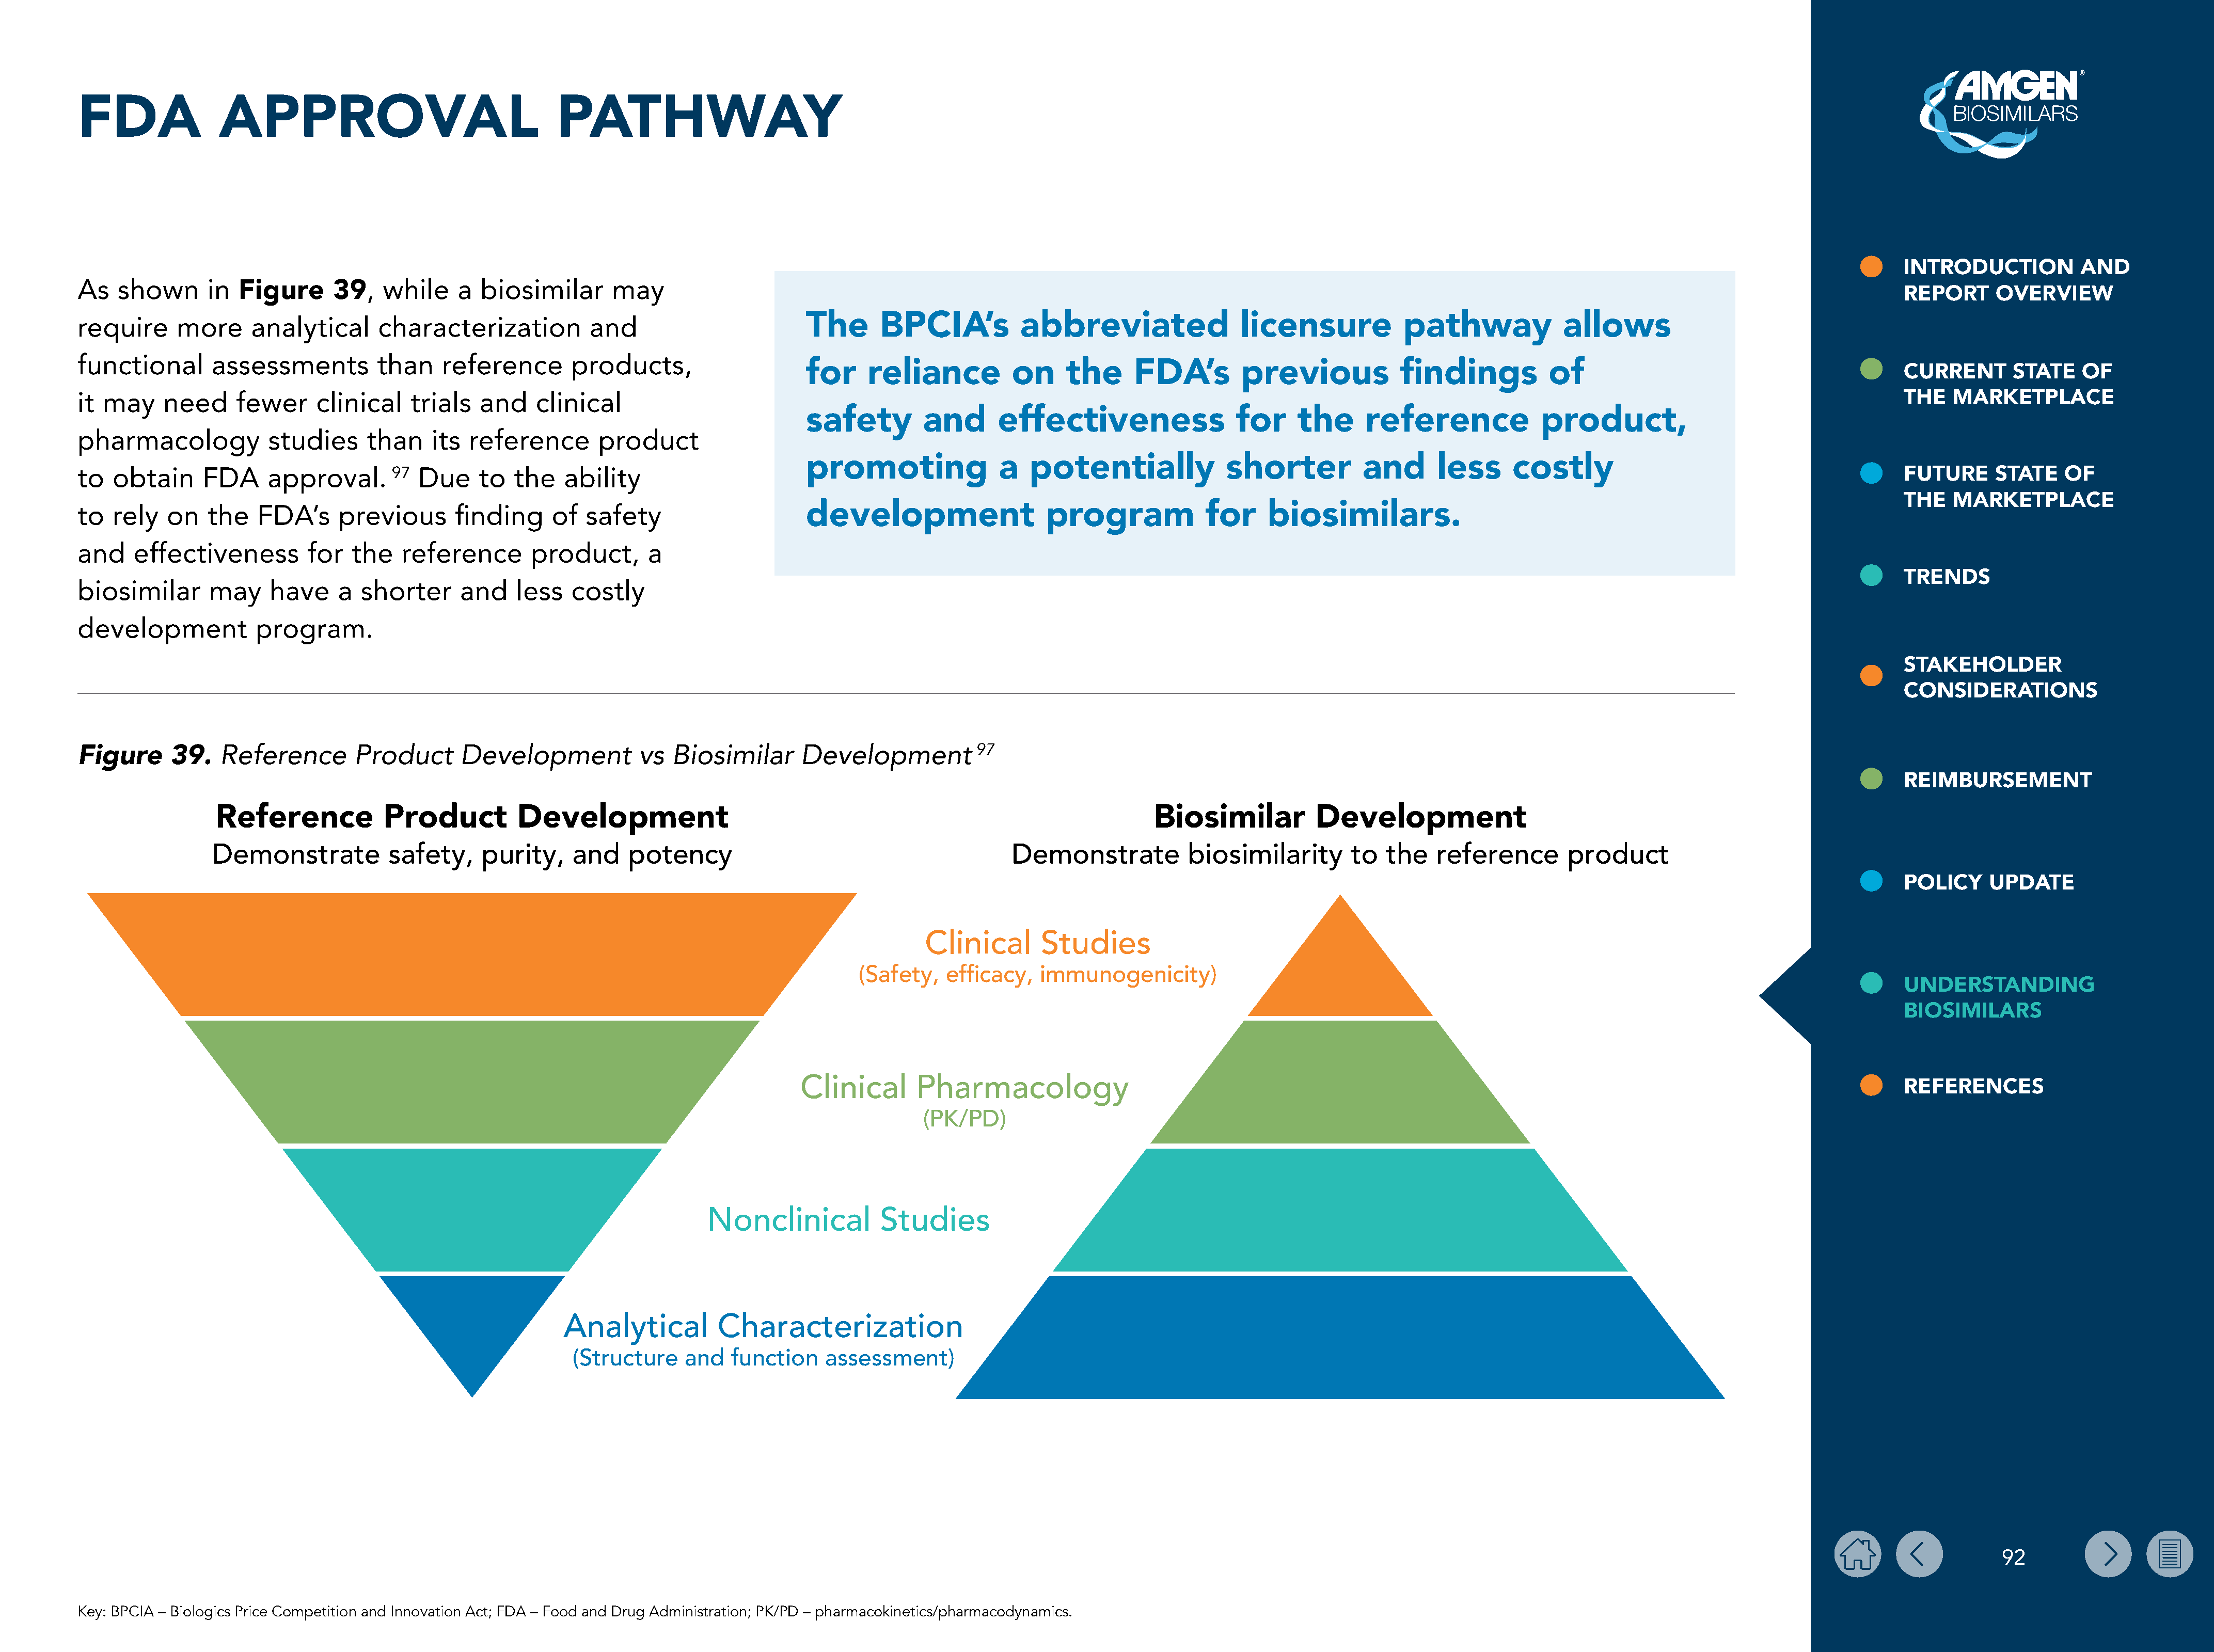
FDA               APPROVAL                                   PATHWAY
 INTRODUCTION           AND
 As   shown       in  Figure      39,   while     a  biosimilar      may
 REPORT      OVERVIEW
 require      more     analytical      characterization            and                        The       BPCIA’s           abbreviated                 licensure            pathway             allows
 functional       assessments          than     reference       products,
 for     reliance           on     the     FDA’s         previous             findings           of                                           CURRENT       STATE    OF
 it may     need     fewer      clinical    trials   and    clinical                                                                                                                                                                       THE   MARKETPLACE
 safety         and       effectiveness                 for     the      reference              product,
 pharmacology            studies      than    its  reference        product
 promoting                a   potentially              shorter           and      less      costly
 to  obtain      FDA     approval.       97  Due    to   the   ability                                                                                                                                                                     FUTURE      STATE    OF
 THE   MARKETPLACE
 to  rely   on   the    FDA’s     previous       finding     of   safety                      development                    program              for    biosimilars.
 and    effectiveness         for   the   reference        product,       a
 TRENDS
 biosimilar       may     have    a  shorter      and    less   costly
 development            program.
 STAKEHOLDER
 CONSIDERATIONS
 Reference        Product       Development            vs  Biosimilar       Development           97
 Figure      39.
 REIMBURSEMENT
 Reference            Product          Development                                                                       Biosimilar           Development
 Demonstrate            safety,     purity,    and     potency                                          Demonstrate           biosimilarity        to   the   reference        product
 POLICY     UPDATE
 Clinical      Studies
 (Safety,   efficacy,   immunogenicity)
 UNDERSTANDING
 BIOSIMILARS
 Clinical      Pharmacology
 REFERENCES
 (PK/PD)
 Nonclinical           Studies
 Analytical          Characterization
 (Structure     and   function    assessment)
 92
 Key: BPCIA – Biologics Price Competition and Innovation Act; FDA – Food and Drug Administration; PK/PD – pharmacokinetics/pharmacodynamics.